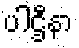
ပါဌီနာ